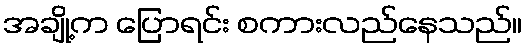
အချို့က ပြောရင်း စကားလည်နေသည်။